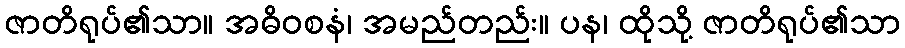
ဇာတိရုပ်၏သာ။ အဓိဝစနံ၊ အမည်တည်း။ ပန၊ ထိုသို့ ဇာတိရုပ်၏သာ